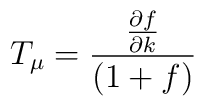
T_\mu = \frac{\frac{\partial f}{\partial k}}{(1+f)}